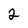
Character: 2